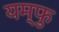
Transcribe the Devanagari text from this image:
यम्फु